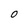
Character: O